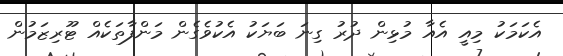
އެކަމަކު މިއީ އެއާ މުޅިން ދުރު ގިނަ ބަޔަކު އެކުވެގެން މަންފާތަކެއް ޓޫރިޒަމުން